Report on the working of the Ranchi Indian Mental Hospital, Kanke, in Bihar and Orissa - 1930-1940
Year: 1930
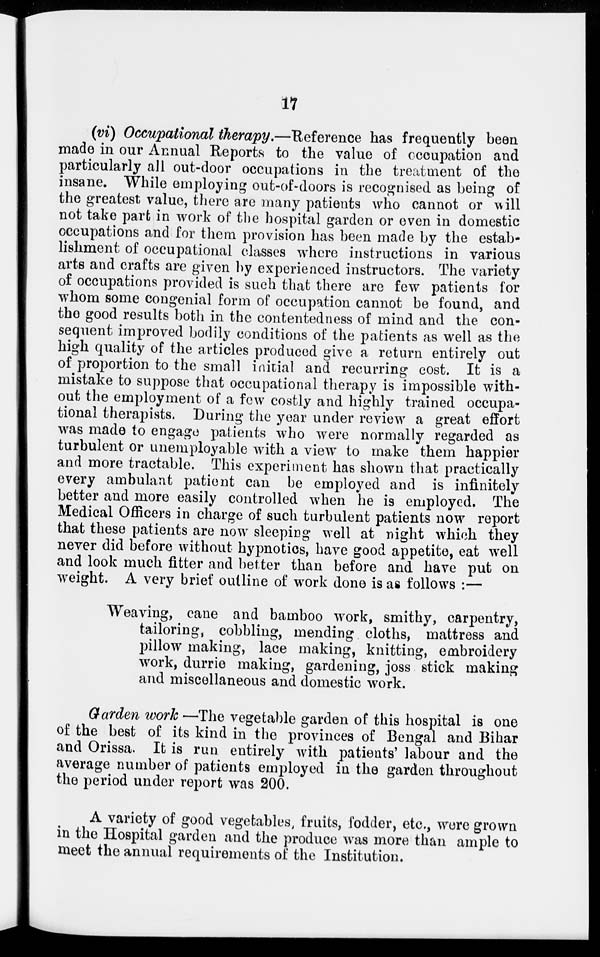
17
(vi) Occupational therapy.—Reference has frequently been
made in our Annual Reports to the value of occupation and
particularly all out-door occupations in the treatment of the
insane. While employing out-of-doors is recognised as being of
the greatest value, there are many patients who cannot or will
not take part in work of the hospital garden or even in domestic
occupations and for them provision has been made by the estab-
lishment of occupational classes where instructions in various
arts and crafts are given by experienced instructors. The variety
of occupations provided is such that there are few patients for
whom some congenial form of occupation cannot be found, and
the good results both in the contentedness of mind and the con-
sequent improved bodily conditions of the patients as well as the
high quality of the articles produced give a return entirely out
of proportion to the small initial and recurring cost. It is a
mistake to suppose that occupational therapy is impossible with-
out the employment of a few costly and highly trained occupa-
tional therapists. During the year under review a great effort
was made to engage patients who were normally regarded as
turbulent or unemployable with a view to make them happier
and more tractable. This experiment has shown that practically
every ambulant patient can be employed and is infinitely
better and more easily controlled when he is employed. The
Medical Officers in charge of such turbulent patients now report
that these patients are now sleeping well at night which they
never did before without hypnotics, have good appetite, eat well
and look much fitter and better than before and have put on
weight. A very brief outline of work done is as follows :—
Weaving, cane and bamboo work, smithy, carpentry,
tailoring, cobbling, mending cloths, mattress and
pillow making, lace making, knitting, embroidery
work, durrie making, gardening, joss stick making
and miscellaneous and domestic work.
Garden work —The vegetable garden of this hospital is one
of the best of its kind in the provinces of Bengal and Bihar
and Orissa. It is run entirely with patients' labour and the
average number of patients employed in the garden throughout
the period under report was 200.
A variety of good vegetables, fruits, fodder, etc., were grown
in the Hospital garden and the produce was more than ample to
meet the annual requirements of the Institution.